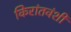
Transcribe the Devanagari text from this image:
किरांतवंशी